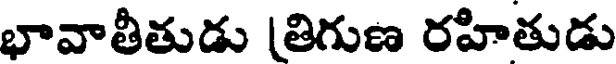
భావాతీతుడు (తిగుణ రహితుడు